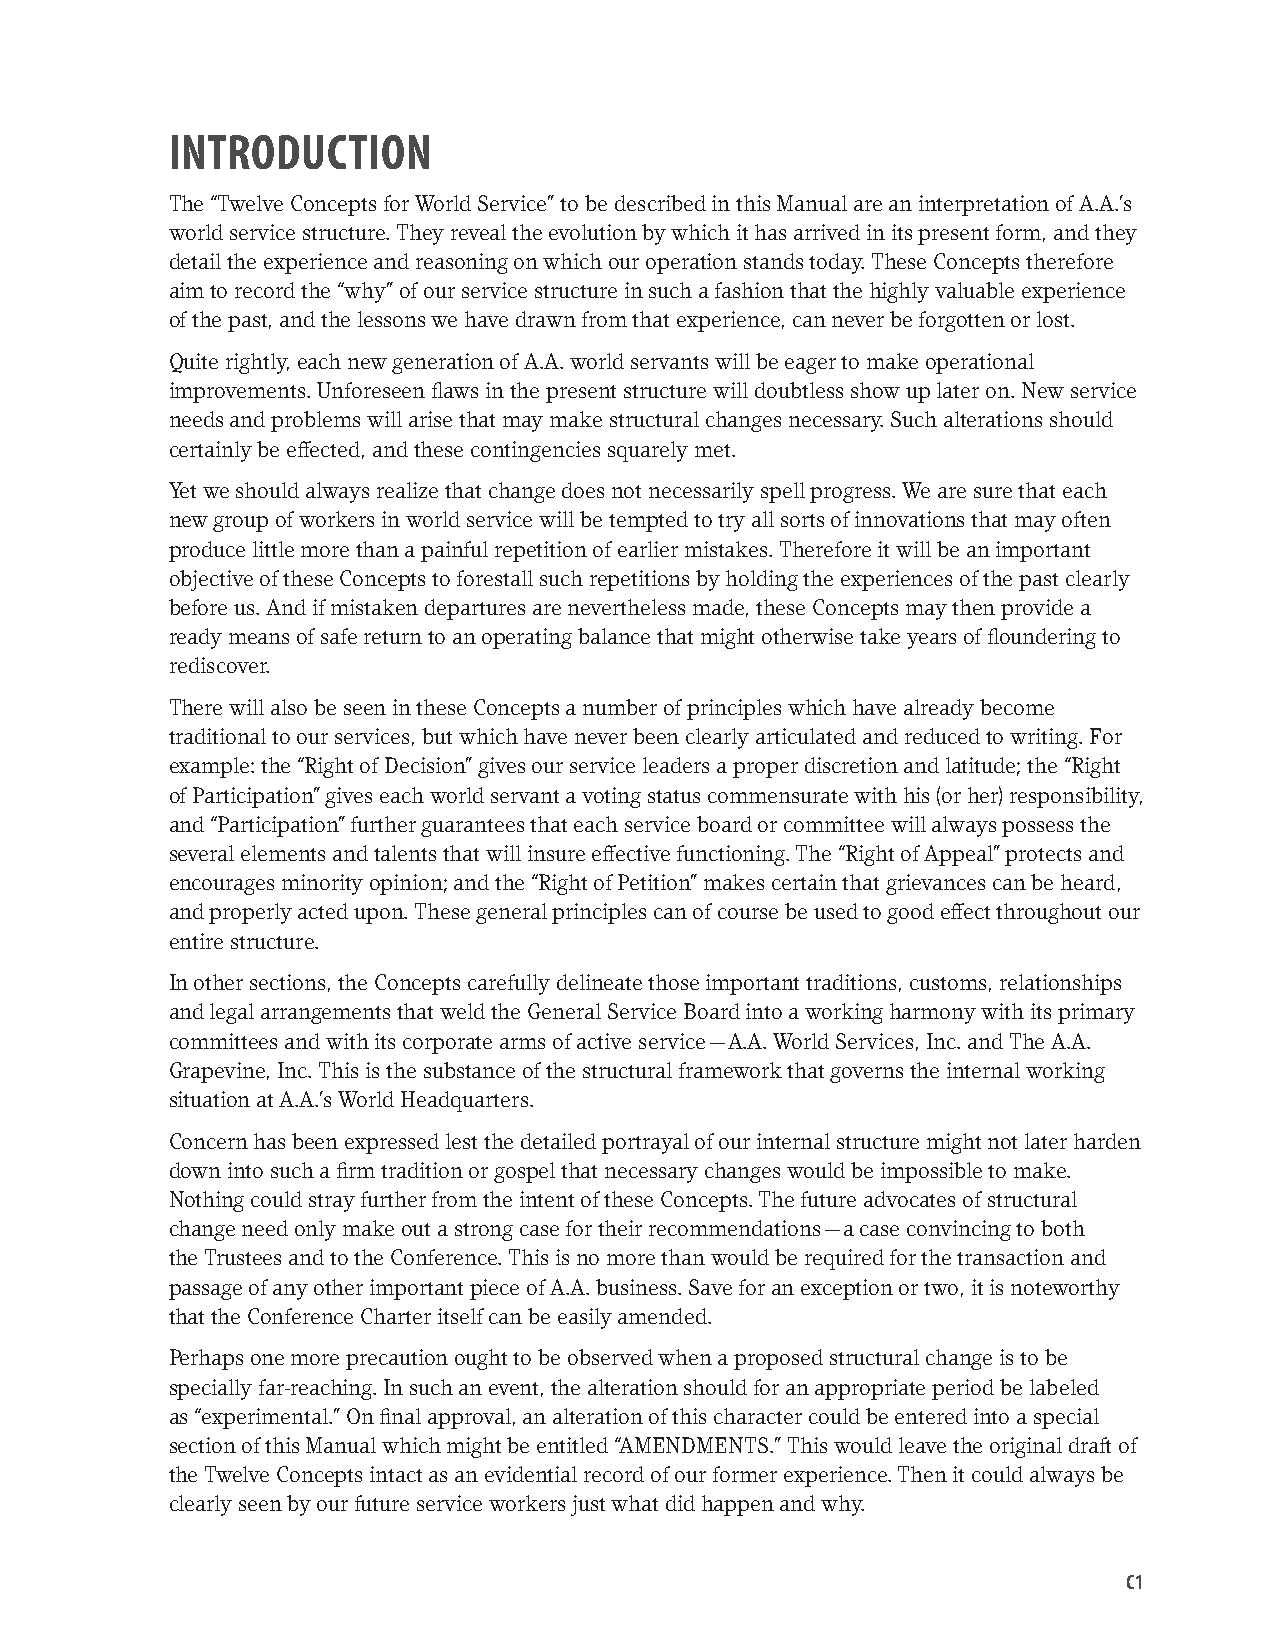
INTRODUCTION
 The “Twelve Concepts for World Service” to be described in this Manual are an interpretation of A.A.’s
 world service structure. They reveal the evolution by which it has arrived in its present form, and they
 detail the experience and reasoning on which our operation stands today. These Concepts therefore
 aim to record the “why” of our service structure in such a fashion that the highly valuable experience
 of the past, and the lessons we have drawn from that experience, can never be forgotten or lost.
 Quite rightly, each new generation of A.A. world servants will be eager to make operational
 improvements. Unforeseen flaws in the present structure will doubtless show up later on. New service
 needs and problems will arise that may make structural changes necessary. Such alterations should
 certainly be effected, and these contingencies squarely met.
 Yet we should always realize that change does not necessarily spell progress. We are sure that each
 new group of workers in world service will be tempted to try all sorts of innovations that may often
 produce little more than a painful repetition of earlier mistakes. Therefore it will be an important
 objective of these Concepts to forestall such repetitions by holding the experiences of the past clearly
 before us. And if mistaken departures are nevertheless made, these Concepts may then provide a
 ready means of safe return to an operating balance that might otherwise take years of floundering to
 rediscover.
 There will also be seen in these Concepts a number of principles which have already become
 traditional to our services, but which have never been clearly articulated and reduced to writing. For
 example: the “Right of Decision” gives our service leaders a proper discretion and latitude; the “Right
 of Participation” gives each world servant a voting status commensurate with his (or her) responsibility,
 and “Participation” further guarantees that each service board or committee will always possess the
 several elements and talents that will insure effective functioning. The “Right of Appeal” protects and
 encourages minority opinion; and the “Right of Petition” makes certain that grievances can be heard,
 and properly acted upon. These general principles can of course be used to good effect throughout our
 entire structure.
 In other sections, the Concepts carefully delineate those important traditions, customs, relationships
 and legal arrangements that weld the General Service Board into a working harmony with its primary
 committees and with its corporate arms of active service — A.A. World Services, Inc. and The A.A.
 Grapevine, Inc. This is the substance of the structural framework that governs the internal working
 situation at A.A.’s World Headquarters.
 Concern has been expressed lest the detailed portrayal of our internal structure might not later harden
 down into such a firm tradition or gospel that necessary changes would be impossible to make.
 Nothing could stray further from the intent of these Concepts. The future advocates of structural
 change need only make out a strong case for their recommendations — a case convincing to both
 the Trustees and to the Conference. This is no more than would be required for the transaction and
 passage of any other important piece of A.A. business. Save for an exception or two, it is noteworthy
 that the Conference Charter itself can be easily amended.
 Perhaps one more precaution ought to be observed when a proposed structural change is to be
 specially far-reaching. In such an event, the alteration should for an appropriate period be labeled
 as “experimental.” On final approval, an alteration of this character could be entered into a special
 section of this Manual which might be entitled “AMENDMENTS.” This would leave the original draft of
 the Twelve Concepts intact as an evidential record of our former experience. Then it could always be
 clearly seen by our future service workers just what did happen and why.
 C1